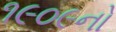
૧૯૦૯નો